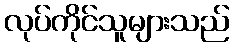
လုပ်ကိုင်သူများသည်